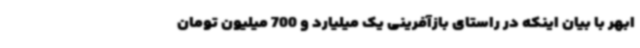
ابهر با بیان اینکه در راستای بازآفرینی یک میلیارد و 700 میلیون تومان